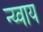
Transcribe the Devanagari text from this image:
न्य्याय